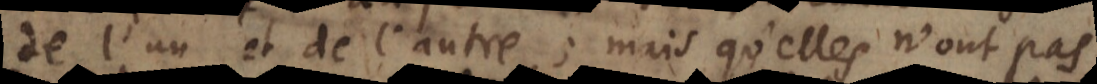
de l’un et de l’autre; mais qu’elles n’ont pas